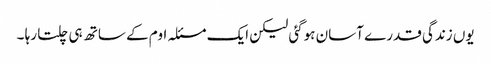
یوں زندگی قدرے آسان ہوگئی لیکن ایک مسئلہ اوم کے ساتھ ہی چلتا رہا ۔